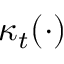
\ \kappa _ { t } ( \cdot )